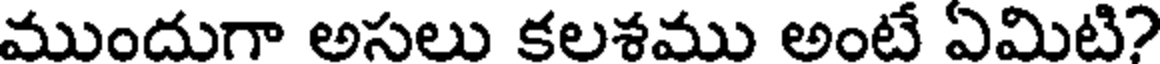
ముందుగా అసలు కలశము అంటే ఏమిటి?